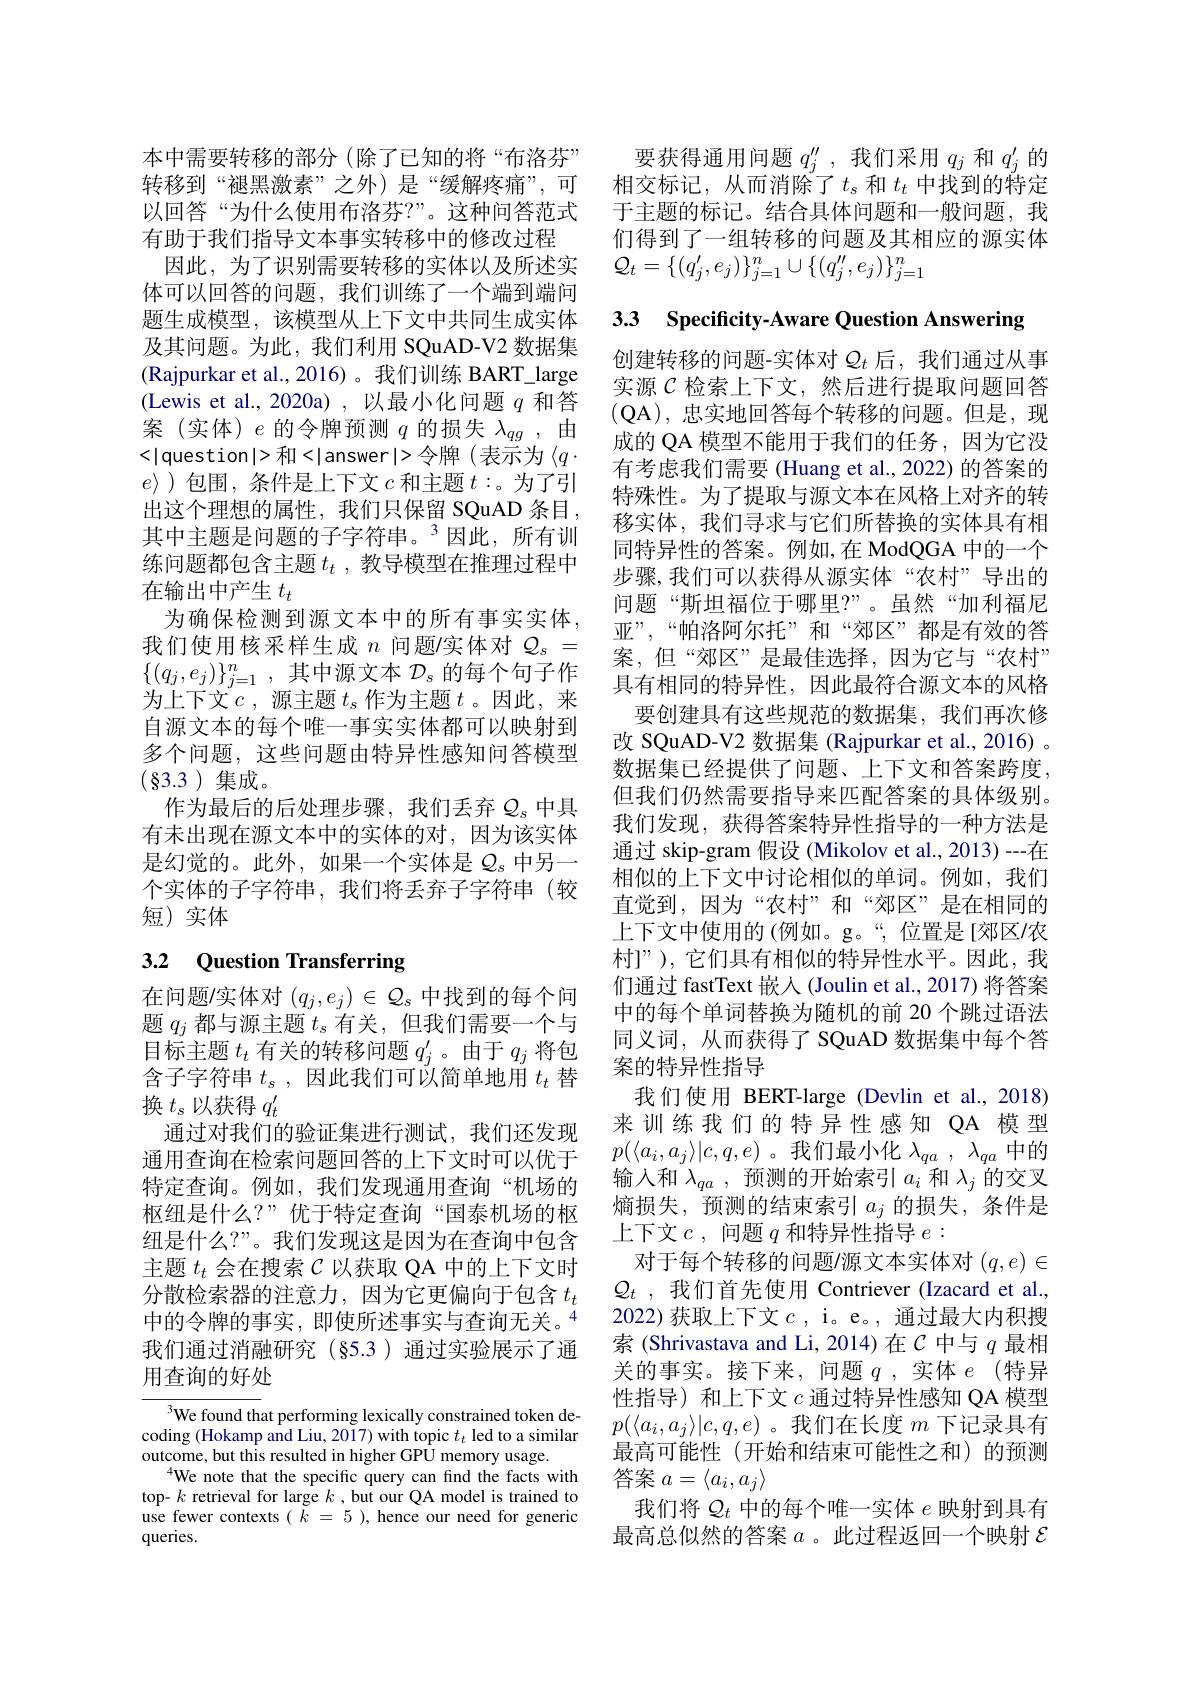
本中需要转移的部分(除了已知的将“布洛芬”
有助于我们指导文本事实转移中的修改过程
因此，为了识别需要转移的实体以及所述实体可以回答的问题，我们训练了一个端到端间题生成模型，该模型从上下文中共同生成实体及其问题。为此，我们利用 SQuAD-V2 数据集(Rajpurkar et al.,2016) 。我们训练 BART\_large (Lewis et al., 2020a) , 以最小化问题$q$和答案(实体)$e$的令牌预测$q$的损失$\lambda_qg$,由
和
令牌(表示为$\langle q\cdot$ $e\rangle$ )包围，条件是上下文$c$和主题$t:$。为了引出这个理想的属性，我们只保留 SQuAD 条目， 其中主题是问题的子字符串。$^3$因此，所有训练问题都包含主题$t_t$ ,教导模型在推理过程中在输出中产生$t_t$
为确保检测到源文本中的所有事实实体， 我们使用核采样生成$n$问题/实体对$\mathcal{Q}_s=$ $\{(q_j,e_j)\}_{j=1}^n$,其中源文本 $\mathcal{D}_s$ 的每个句子作为上下文$c$ ,源主题$t_s$作为主题$t$ 。因此，来自源文本的每个唯一事实实体都可以映射到多个问题，这些问题由特异性感知问答模型( $\S 3. 3$ ) $集 成 $。
作为最后的后处理步骤，我们丢弃$\mathcal{Q}_s$中具有未出现在源文本中的实体的对，因为该实体是幻觉的。此外，如果一个实体是$\mathcal{Q}_s$中另一个实体的子字符串，我们将丢弃子字符串(较短) 实体

## 3.2 Question Transferring

在问题/实体对$(q_j,e_j)\in\mathcal{Q}_s$中找到的每个问题$q_j$都与源主题$t_\mathrm{s}$有关，但我们需要一个与目标主题$t_t$有关的转移问题$q_j^\prime$。由于$q_j$将包含子字符串$t_s$,因此我们可以简单地用$t_t$替换$t_\mathrm{s}$以获得$q_t^\prime$
通过对我们的验证集进行测试，我们还发现通用查询在检索问题回答的上下文时可以优于特定查询。例如，我们发现通用查询“机场的枢纽是什么？”优于特定查询“国泰机场的枢纽是什么？”。我们发现这是因为在查询中包含主题$t_{t}$会在搜索$\mathcal{C}$以获取 QA 中的上下文时分散检索器的注意力，因为它更偏向于包含$t_t$ 中的令牌的事实，即使所述事实与查询无关。$^{4}$ 我们通过消融研究(§5.3)通过实验展示了通用查询的好处

$^{3}$We found that performing lexically constrained token decoding (Hokamp and Liu, 2017) with topic $t_t$ led to a similar outcome, but this resulted in higher GPU memory usage.
$^{4}$We note that the specific query can find the facts with top- $k$ retrieval for large $k$,but our QA model is trained to use fewer contexts $(\bar{k}=5)$, hence our need for generic queries.

要获得通用问题$q_j^\prime\prime$,我们采用$q_j$和$q_j^\prime$的
转移到“褪黑激素”之外)是“缓解疼痛”,可 相交标记，从而消除了$t_s$和$t_t$中找到的特定以回答“为什么使用布洛芬？”。这种问答范式 于主题的标记。结合具体问题和一般问题，我
们得到了一组转移的问题及其相应的源实体
${\mathcal Q}_t=\{(q_j^{\prime},e_j)\}_{j=1}^n\cup\{(q_j^{\prime\prime},e_j)\}_{j=1}^n$

33 Specificity-Aware Question Answering

创建转移的问题-实体对$\mathcal{Q}_t$后，我们通过从事实源$\mathcal{C}$检索上下文，然后进行提取问题回答(QA),忠实地回答每个转移的问题。但是，现成的 QA 模型不能用于我们的任务，因为它没有考虑我们需要 (Huang et al., 2022) 的答案的特殊性。为了提取与源文本在风格上对齐的转移实体，我们寻求与它们所替换的实体具有相同特异性的答案。例如，在 ModQGA 中的一个步骤，我们可以获得从源实体“农村”导出的问题“斯坦福位于哪里？”。虽然“加利福尼亚”,“帕洛阿尔托”和“郊区”都是有效的答案，但“郊区”是最佳选择，因为它与“农村” 具有相同的特异性，因此最符合源文本的风格
要创建具有这些规范的数据集，我们再次修改 SQuAD-V2 数据集 (Rajpurkar et al., 2016) 。数据集已经提供了问题、上下文和答案跨度， 但我们仍然需要指导来匹配答案的具体级别。我们发现，获得答案特异性指导的一种方法是通过 skip-gram 假设 (Mikolov et al., 2013) ---在相似的上下文中讨论相似的单词。例如，我们直觉到，因为“农村”和“郊区”是在相同的上下文中使用的(例如。g。“,位置是[郊区/农村$]”)$,它们具有相似的特异性水平。因此，我们通过 fastText 嵌人 (Joulin et al., 2017) 将答案中的每个单词替换为随机的前 20 个跳过语法同义词，从而获得了 SQuAD 数据集中每个答案的特异性指导
我们使用 BERT-large (Devlin et al.,2018) 来训练我们的特异性感知 QA 模型$p(\langle a_i,a_j\rangle|c,q,e)$。我们最小化$\lambda_qa,\lambda_{qa}$中的输入和$\lambda_qa$ ,预测的开始索引$a_i$和$\lambda_j$的交叉熵损失，预测的结束索引$a_j$ 的损失，条件是上下文$c$,问题$q$和特异性指导$e:$
对于每个转移的问题/源文本实体对$(q,e)\in$ $Q_t$ ,我们首先使用 Contriever (Izacard et al., 2022)获取上下文$c$,i。e。,通过最大内积搜索(Shrivastava and Li,2014)在$C$中与$q$最相关的事实。接下来，问题$q$,实体$e$(特异性指导) 和上下文$c$通过特异性感知 QA 模型$p(\langle a_i,a_j\rangle|c,q,e)$。我们在长度$m$下记录具有最高可能性(开始和结束可能性之和)的预测答案$a=\langle a_i,a_j\rangle$
我们将$\mathcal{Q}_t$中的每个唯一实体$e$映射到具有最高总似然的答案$a$ 。此过程返回一个映射$\mathcal{E}$